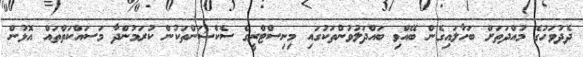
ދެދުވަހުގެ މުއްދަތަށް ބަހާލައިގެން ބޭއްވި ބައްދަލުވުންތަކުގައި މިނިސްޓްރީގެ ސެކްޝަންތަކުން ކުރަމުންދާ މަސައްކަތްތައް އޮޅުން